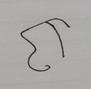
Signature authenticity: forged